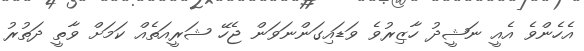
އެހެންވެ އެއީ ނަޝީދު ހާޒިރުވެ ވަޑައިގަންނަވަން ޖެހޭ ޝަރީއަތެއް ކަމަށް ވާތީ ދަތުރު